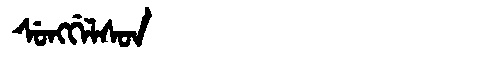
Manchu: ᠰᡠᠩᡤᡝᠯᠰᠣᠨ
Romanization: SUNGGELSON